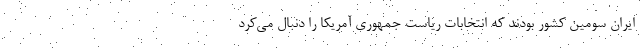
ایران سومین کشور بودند که انتخابات ریاست جمهوری آمریکا را دنبال می‌کرد